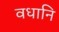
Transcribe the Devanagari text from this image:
वधानि